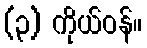
(၃) ကိုယ်ဝန်။